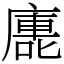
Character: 廤